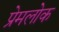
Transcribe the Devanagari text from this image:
प्रेमलोक